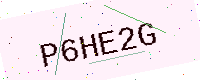
Text: P6HE2G